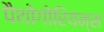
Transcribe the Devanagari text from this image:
पैथोगोरियन्स